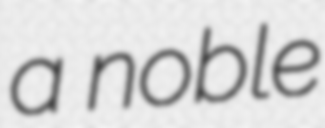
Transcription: a noble